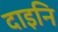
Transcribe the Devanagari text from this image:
दाइनि